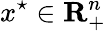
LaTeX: x^{\star}\in\mathbf{R}_{+}^{n}